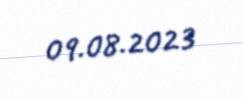
09.08.2023